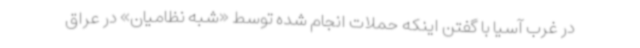
در غرب آسیا با گفتن اینکه حملات انجام شده توسط «شبه نظامیان» در عراق